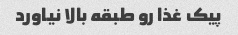
پیک غذا رو طبقه بالا نیاورد